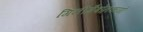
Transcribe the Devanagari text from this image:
गिनीगैबोनकांगो